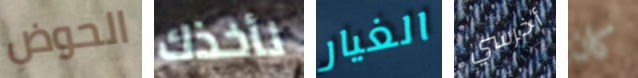
الحوض نأخذك الغيار أخرسي كان